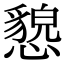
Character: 㦝